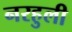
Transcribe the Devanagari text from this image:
नरहुली